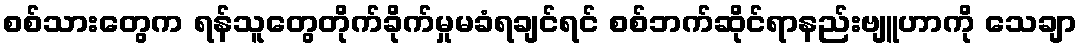
စစ်သားတွေက ရန်သူတွေတိုက်ခိုက်မှုမခံရချင်ရင် စစ်ဘက်ဆိုင်ရာနည်းဗျူဟာကို သေချာ